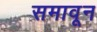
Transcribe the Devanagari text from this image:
समावून